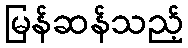
မြန်ဆန်သည့်